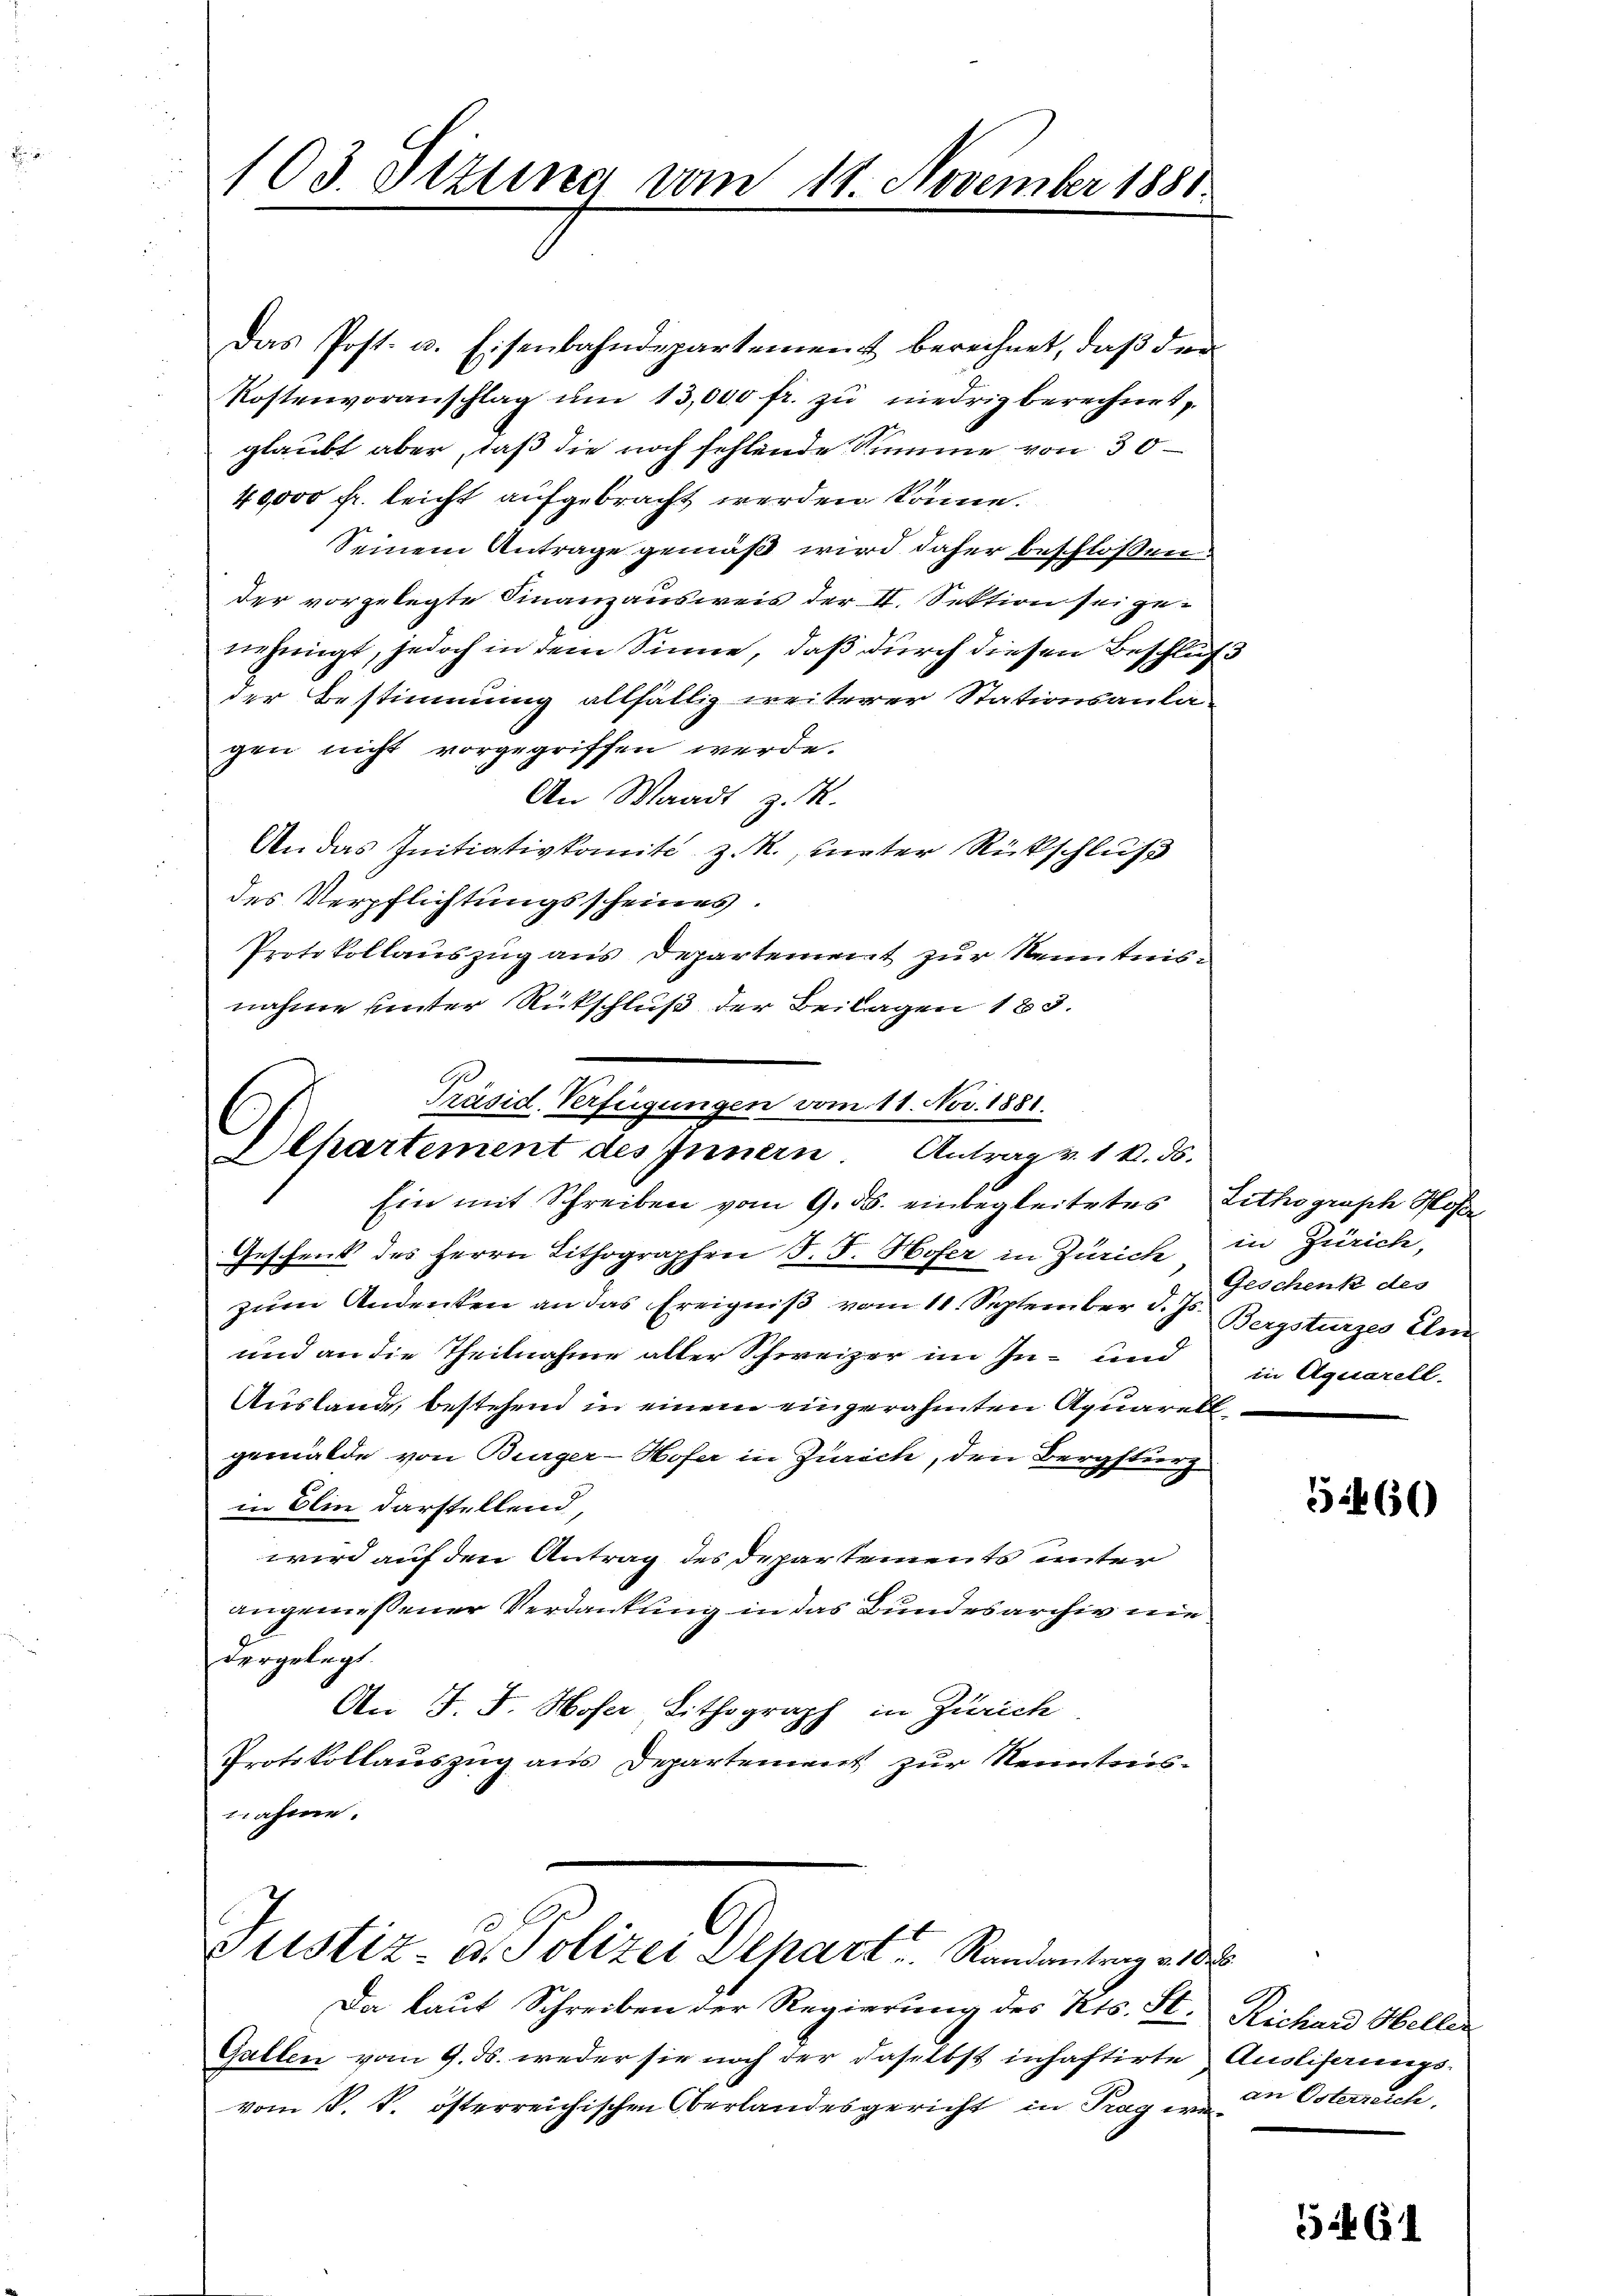
103. Titung vom 18. November 1881.

Das Post. u. Eisenbahndepartement berechnet, daβ der
Kostenvoranschlag ŭm 13,000 fr. zŭ niedrig berechnet,
glaubt aber, daß die noch fehlende Summe von 30
40,000 fr. leicht aufgebracht werden könne.
Seinem Antrage gemäß wird daher beschlossen:
der vorgelegte Finanzausweis der II. Sektion sei gediehengt, jedoch in dem Sinne, daß durch diesen Beschlußder Bestimmung allfällig weiterer Stationsanla-
gen nicht vorgegriffen werde.
An Waadt z. M.
An das Initiativkomite z. R., unter Rückschluß
des Verpflichtungsscheines.
Protokollauszug aus Departement zur Kenntnisnahme unter Rückschluß der Beilagen 183.
B
Präsid. Verfügungen vom 11. Nov. 1881.
Alhartement des Innern. Antrag v. 1. k. ds.
Ein mit Schreiben vom 9. ds. einbegleitetes Lithograsch Ho
Geschenk des Herrn Lithographen F. F. Hofer in Zürich in Zürich,
zum Andenken an das Ereigniß vom 11. September d. Js. Bergsturzes Uni
und an die Theilnahme aller Schweizer im In- und
Auslande, bestehend in einem eingerahmten Aquarell
gemälde von Burger-Hofer in Zürich, den Bergsturz
in Olin darstellend,
wird auf den Antrag des Departements unter
angemessener Verdankung in das Bundesarchiv nie
dergelegt.
An J. J. Hofer, Lithograph in Zürich
Protokollauszug aus Departement zur Kenntnisnnahme.

10
Justiz u. Polizei Depart Randantrag an de

Da laut Schreiben der Regierung des Kts. St. Richan Hellen
Gallen vom 9. ds. weder sie noch der daselbst inhaftirte Ausliferungsvom k. k. österreichischen Oberlandesgericht in Prag er in Österreich

Geschenk des
in Aquarell.

560

561